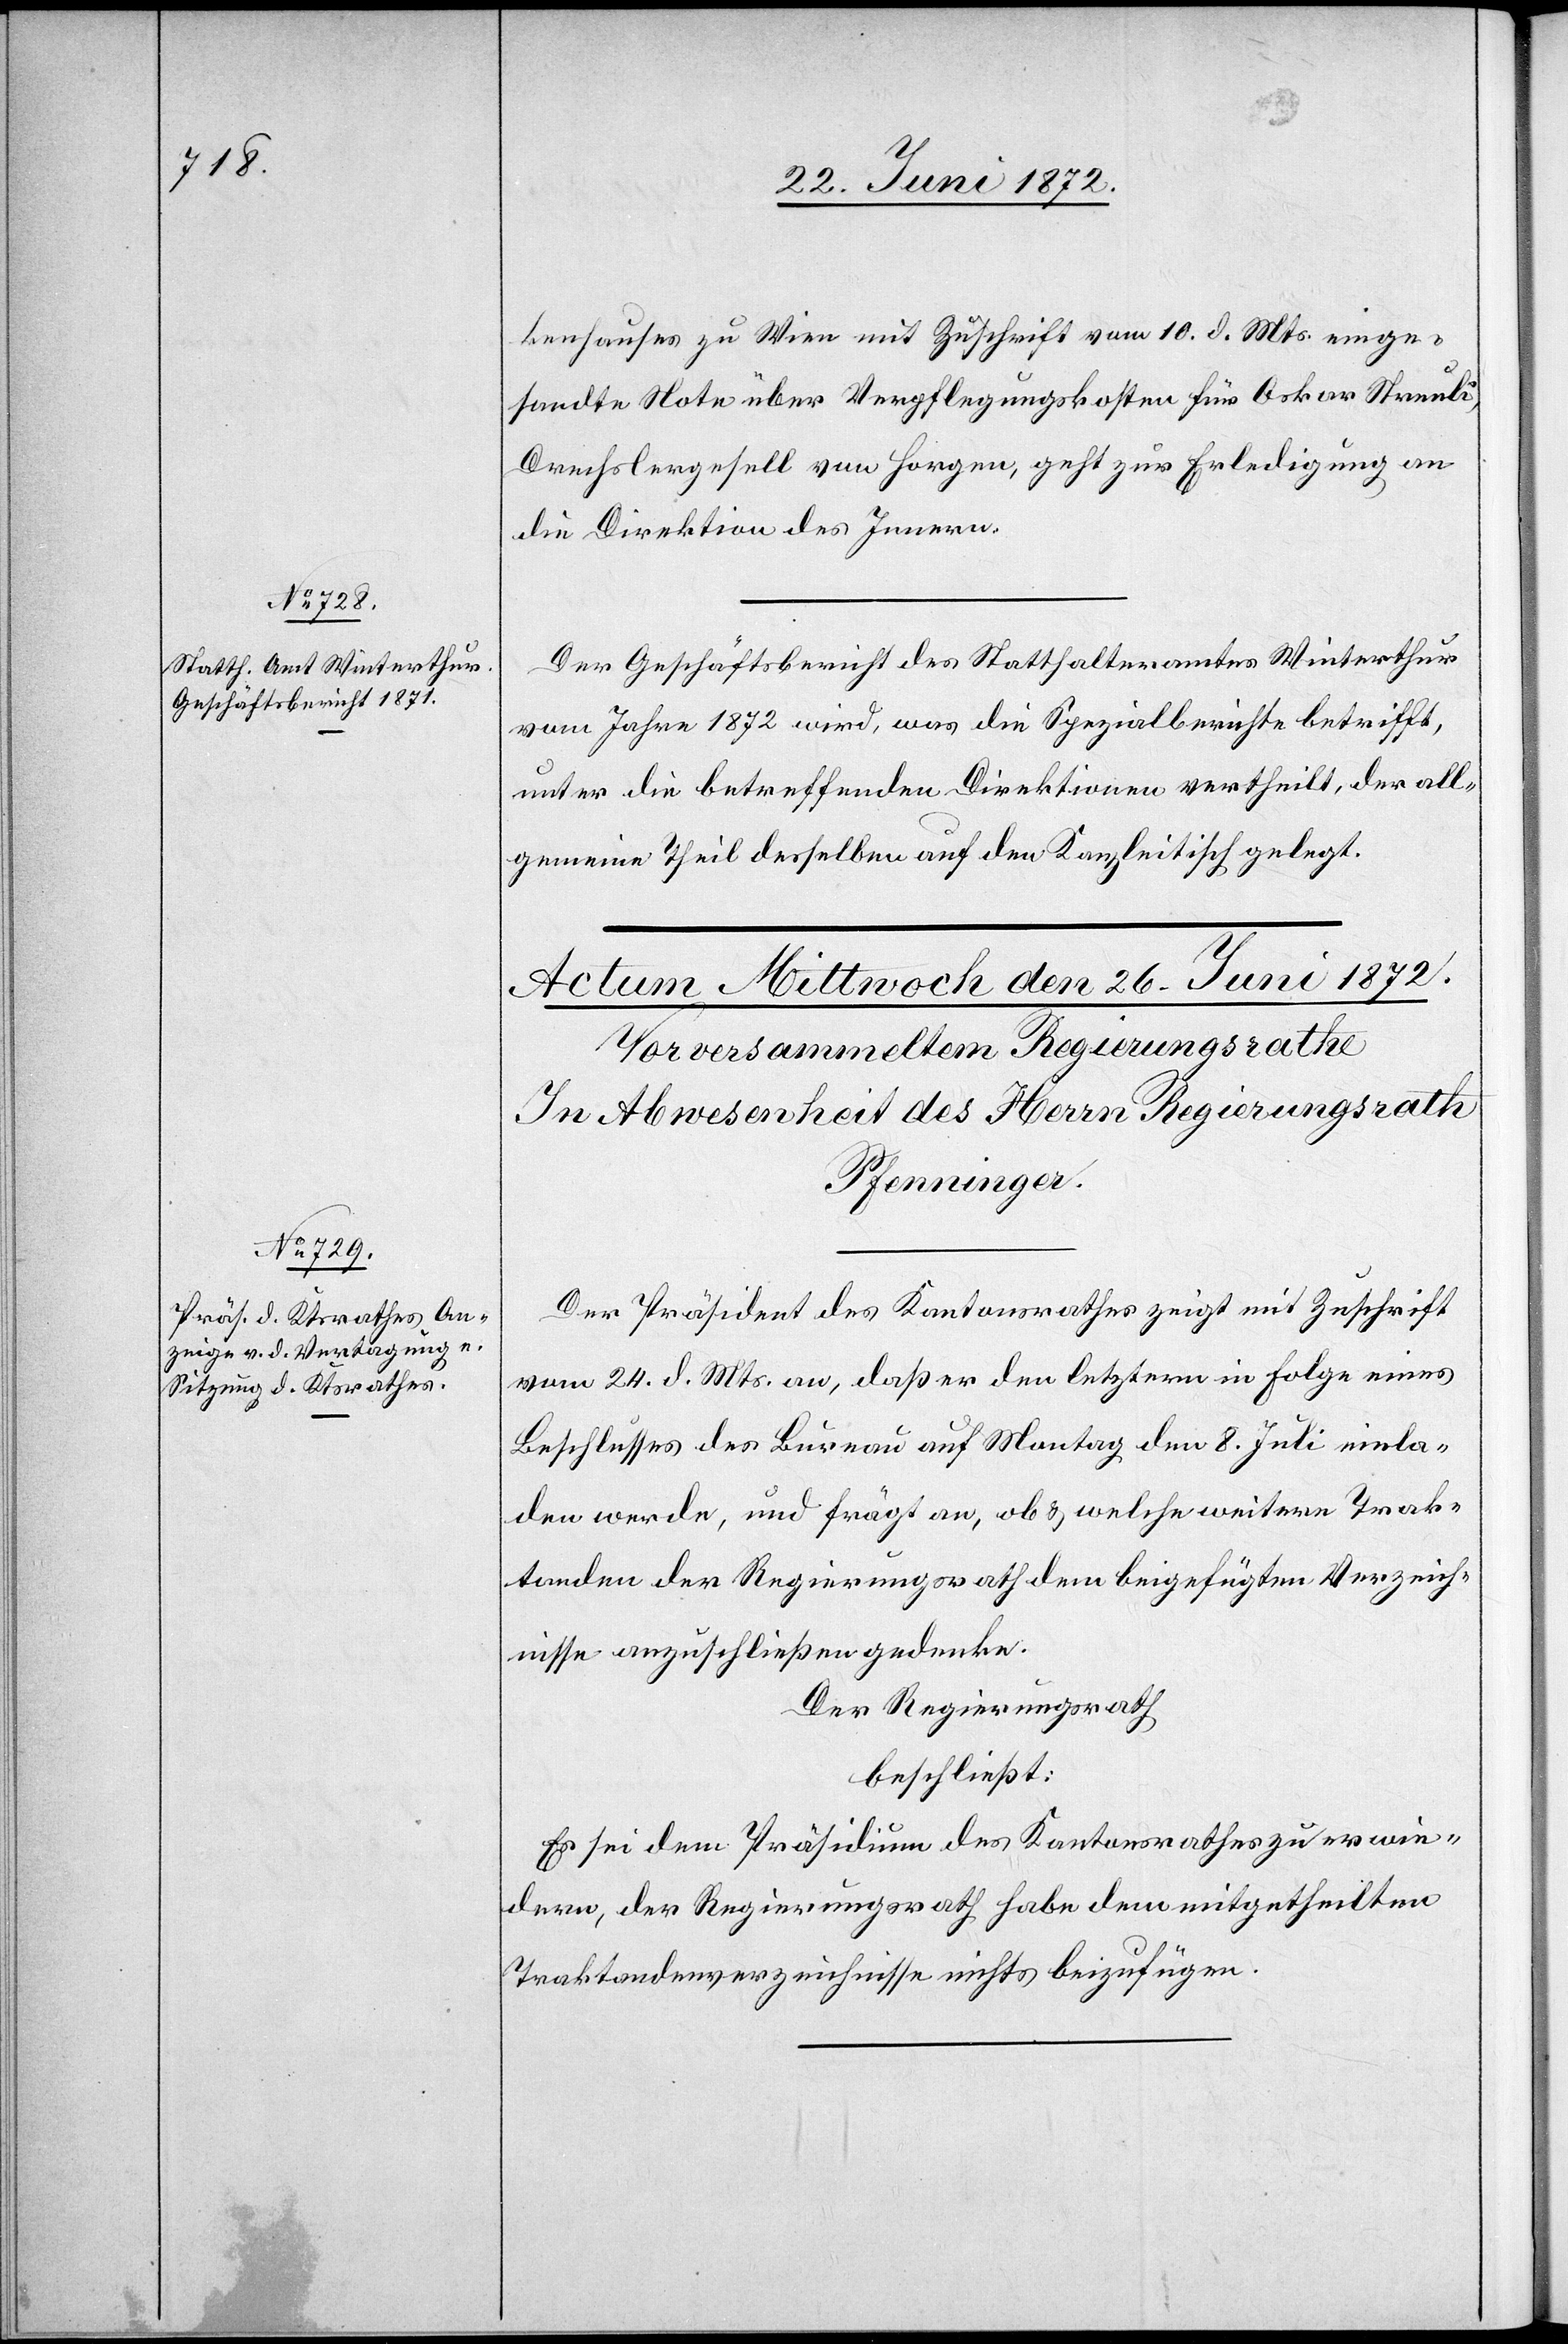
einge¬
25. Juni 1872.]
sandte Note über Verpflegungskosten für Oskar Streuli,
Drechslergesell von Horgen, geht zur Erledigung an
die Direktion des Innern.
Der Geschäftsbericht des Statthalteramtes Winterthur
vom Jahre 1872 wird, was die Spezialberichte betrifft,
unter die betreffenden Direktionen vertheilt, der all¬
gemeine Theil desselben auf den Kanzleitisch gelegt.
Der Präsident des Kantonsrathes zeigt mit Zuschrift
vom 24. d. Mts an, daß er den letztern in Folge eines
Beschlusses des Bureau auf Montag den 8. Juli einla¬
den werde, und frägt an, ob u. welche weitern Trak¬
tanden der Regierungsrath dem beigefügten Verzeich¬
nisse anzuschließen gedenke.
Der Regierungsrath
beschließt:
Es sei dem Präsidium des Kantonsrathes zu erwie¬
dern, der Regierungsrath habe dem mitgetheilten
Traktandenverzeichnisse nichts beizufügen.